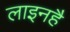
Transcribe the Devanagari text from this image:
लाइनहै